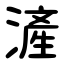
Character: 滻